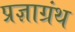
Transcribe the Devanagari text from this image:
प्रज्ञाग्रंथ